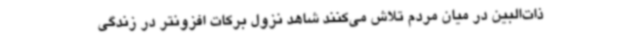
ذات‌البین در میان مردم تلاش می‌کنند شاهد نزول برکات افزونتر در زندگی